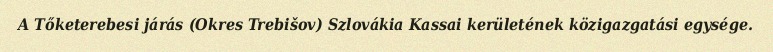
A Tőketerebesi járás (Okres Trebišov) Szlovákia Kassai kerületének közigazgatási egysége.